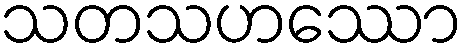
သတသဟဿော